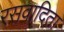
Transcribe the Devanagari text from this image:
रसवादिता